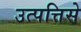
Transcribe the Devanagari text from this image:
उत्पत्तिसे